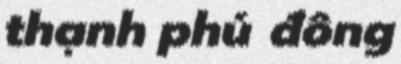
thạnh phú đông